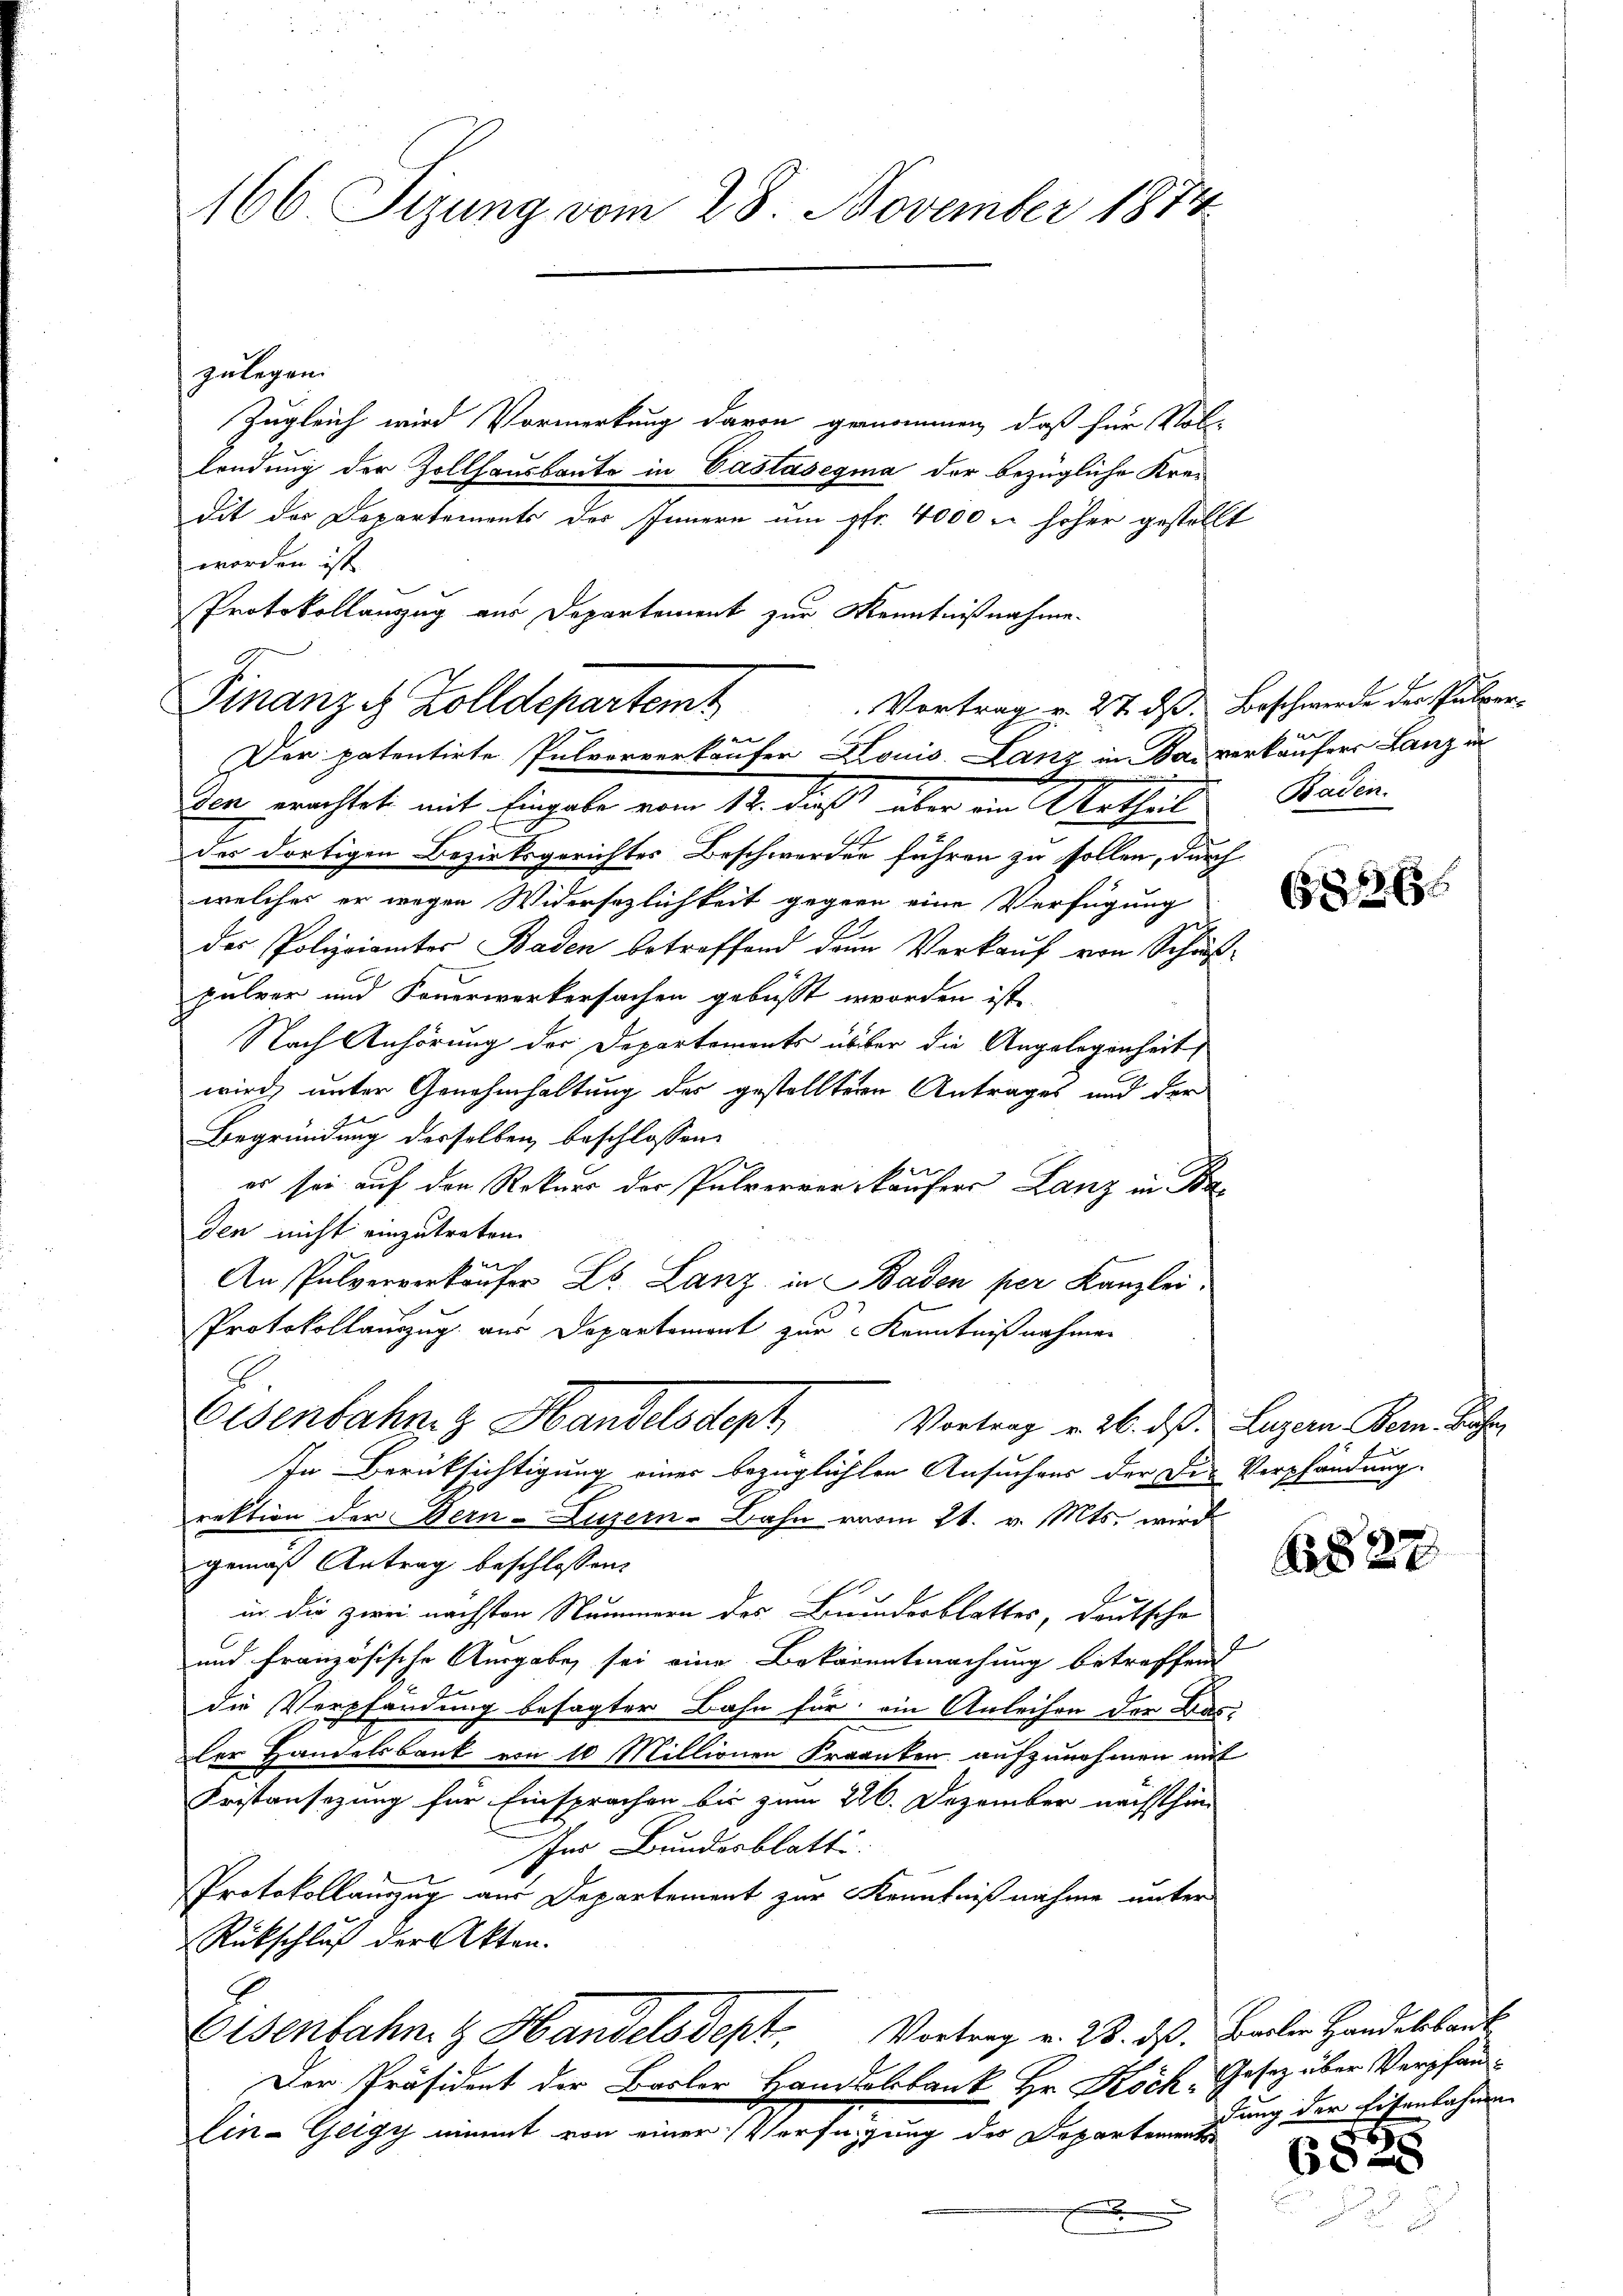
166 Sizung vom 28. November 1874

zulegen.
Zugleich wird Vormerkung davon genommen, daß für Voll-
lendung der Zollhausbaute in Castasegia der bezügliche Krei
dit der Departements der Innern um pfr. 4000 l. höher gestellt
worden ist.
Protokollanzug aus Departement zur Kenntnißnahme.

Vortrag v. 27. dß. Beschwerde der Pulver¬
Finanze Zolldepartemt
th
Der patentirte Pulvorverkäufer Louis Lanz in Das verkäufer Lanz in
ven erachtet, mit Eingabe vom 12. dieß über ein Urtheils Baden.

Eisenbahnen Handelsdept, Vortrag v. 26. ds. Luzern Bern Rechte
In Berücksichtigung einer bezüglichten Ansuchens der Die Verpfändung.

des dortigen Bezirksgerichtes Beschwerden führen zu sollen, durch
welches er wegen Widersezlichkeit gegenn eine Verfügung
des Polizeiamter Baden betreffend denn Verkauf von Schus-
7
pulver und Feuerwerkersachen gebüßt worden ist.
Nach Anhörung der Departements über die Angelegenheit
wird, unter Genehmhaltung der gestelltern Antrages und der
Begründung derselben beschlossen:
es sei auf den Rekurs der Pulververkäufers Lanz in Baden nicht einzutreten.
An Pulververkäufer L. Lanz in Baden per Kanzlei.
e
Protokollauszug aus Departement zur Kenntnißnahmen

rektion der Bern-Luzern - Bahn vom 21. v. Mts. wird
gemäß Antrag beschlossen,
in die zwei nächsten Nummern des Bunderblattes, deutsche
und französische Ausgabe, sei eine Bekanntmachung betreffend
die Verpfändung besagter Bahn für ein Anleihen der Bas
ler Handelsbank von 10 Millionen Franken aufzunehmen mit
Frstansezung für Einsprachen bis zum 226. Dezember nächsthin
Iches Bundesblatte.
Protokollauszug aus Departement zur Kenntnißnahme unter
Rückschluß der Akten.
Eisenbahnt Handelsdept. Vortrag v. 23. ds. Basler Handelsbaut
Der Präsident der Basler Handelbank Hr. Koch, Gesetz über Verpfanlin-Geigy nimmt von einer Verfügung des Departements
x

51

827

dung der Eisenbahnen

68.